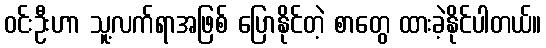
ဝင်းဦးဟာ သူ့လက်ရာအဖြစ် ပြောနိုင်တဲ့ စာတွေ ထားခဲ့နိုင်ပါတယ်။